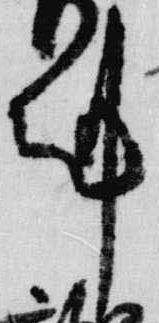
剋